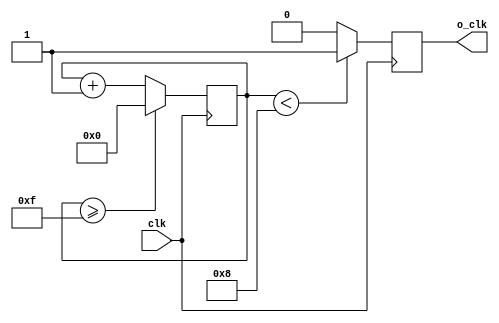
`timescale 1ns / 1ps
//////////////////////////////////////////////////////////////////////////////////
// Company: 
// Engineer: 
// 
// Design Name: 
// Module Name: Div_n_Frequency
// Project Name: 
// Target Devices: 
// Tool Versions: 
// Description: 
// 
// Dependencies: 
// 
// Revision:
// Revision 0.01 - File Created
// Additional Comments:
// 
//////////////////////////////////////////////////////////////////////////////////


module Div_n_Frequency_play(
    input  clk,
   // input  rst_n,
    output reg  o_clk
    );
    reg[27:0] counter=28'd0;
    parameter DIVISOR = 28'd16;
    always @(posedge clk) begin
    counter <= counter + 28'd1;
     if(counter>=(DIVISOR-1))
        counter <= 28'd0;
    o_clk <= (counter<DIVISOR/2)?1'b1:1'b0;
    end
    
endmodule